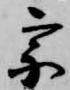
宗